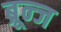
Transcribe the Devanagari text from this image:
ब्रून्ज